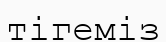
тігеміз